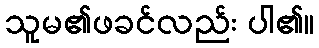
သူမ၏ဖခင်လည်း ပါ၏။